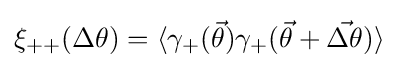
\xi _{++}(\Delta \theta )=\langle \gamma _{+}({\vec {\theta }})\gamma _{+}({\vec {\theta }}+{\vec {\Delta \theta }})\rangle